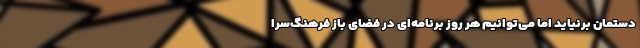
دستمان برنیاید اما می‌توانیم هر روز برنامه‌ای در فضای باز فرهنگ‌سرا